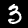
Label: 3